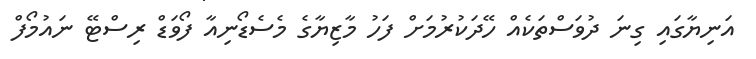
އަނިޔާގައި ގިނަ ދުވަސްތަކެއް ހޭދަކުރުމަށް ފަހު މާޒިޔާގެ މެސެޑޯނިއާ ފޯވަޑް ރިސްޓޭ ނައުމޯފް